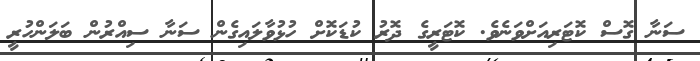
ސަނާ ގޮސް ކޮޓަރިއަށްވަނެވެ. ކޮޓަރީގެ ދޮރު ކުޑަކޮށް ހުޅުވާލައިގެން ސަނާ ސިއްރުން ބަލަންހުރީ